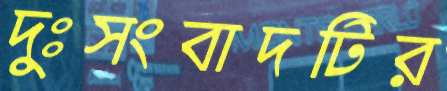
দুঃসংবাদটির